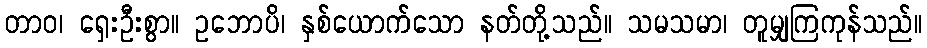
တာဝ၊ ရှေးဦးစွာ။ ဥဘောပိ၊ နှစ်ယောက်သော နတ်တို့သည်။ သမသမာ၊ တူမျှကြကုန်သည်။